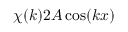
\chi ( k ) 2 A \cos ( k x )